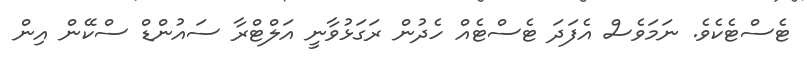
ޓެސްޓެކެވެ. ނަމަވެސް އެފަދަ ޓެސްޓެއް ހެދުން ރަގަޅުވާނީ އަލްޓްރާ ސައުންޑް ސްކޭން އިން